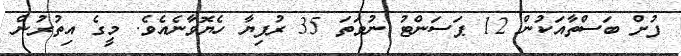
ފުށް ބަސްތާއަކުން 12 ޕަސަންޓު ނުވަތަ 35 ރުފިޔާ ހެޔޮވާނެއެވެ. މީގެ އިތުރުން